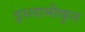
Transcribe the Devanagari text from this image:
इस्लामीकृत